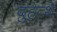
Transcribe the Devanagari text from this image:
दुहत्थे